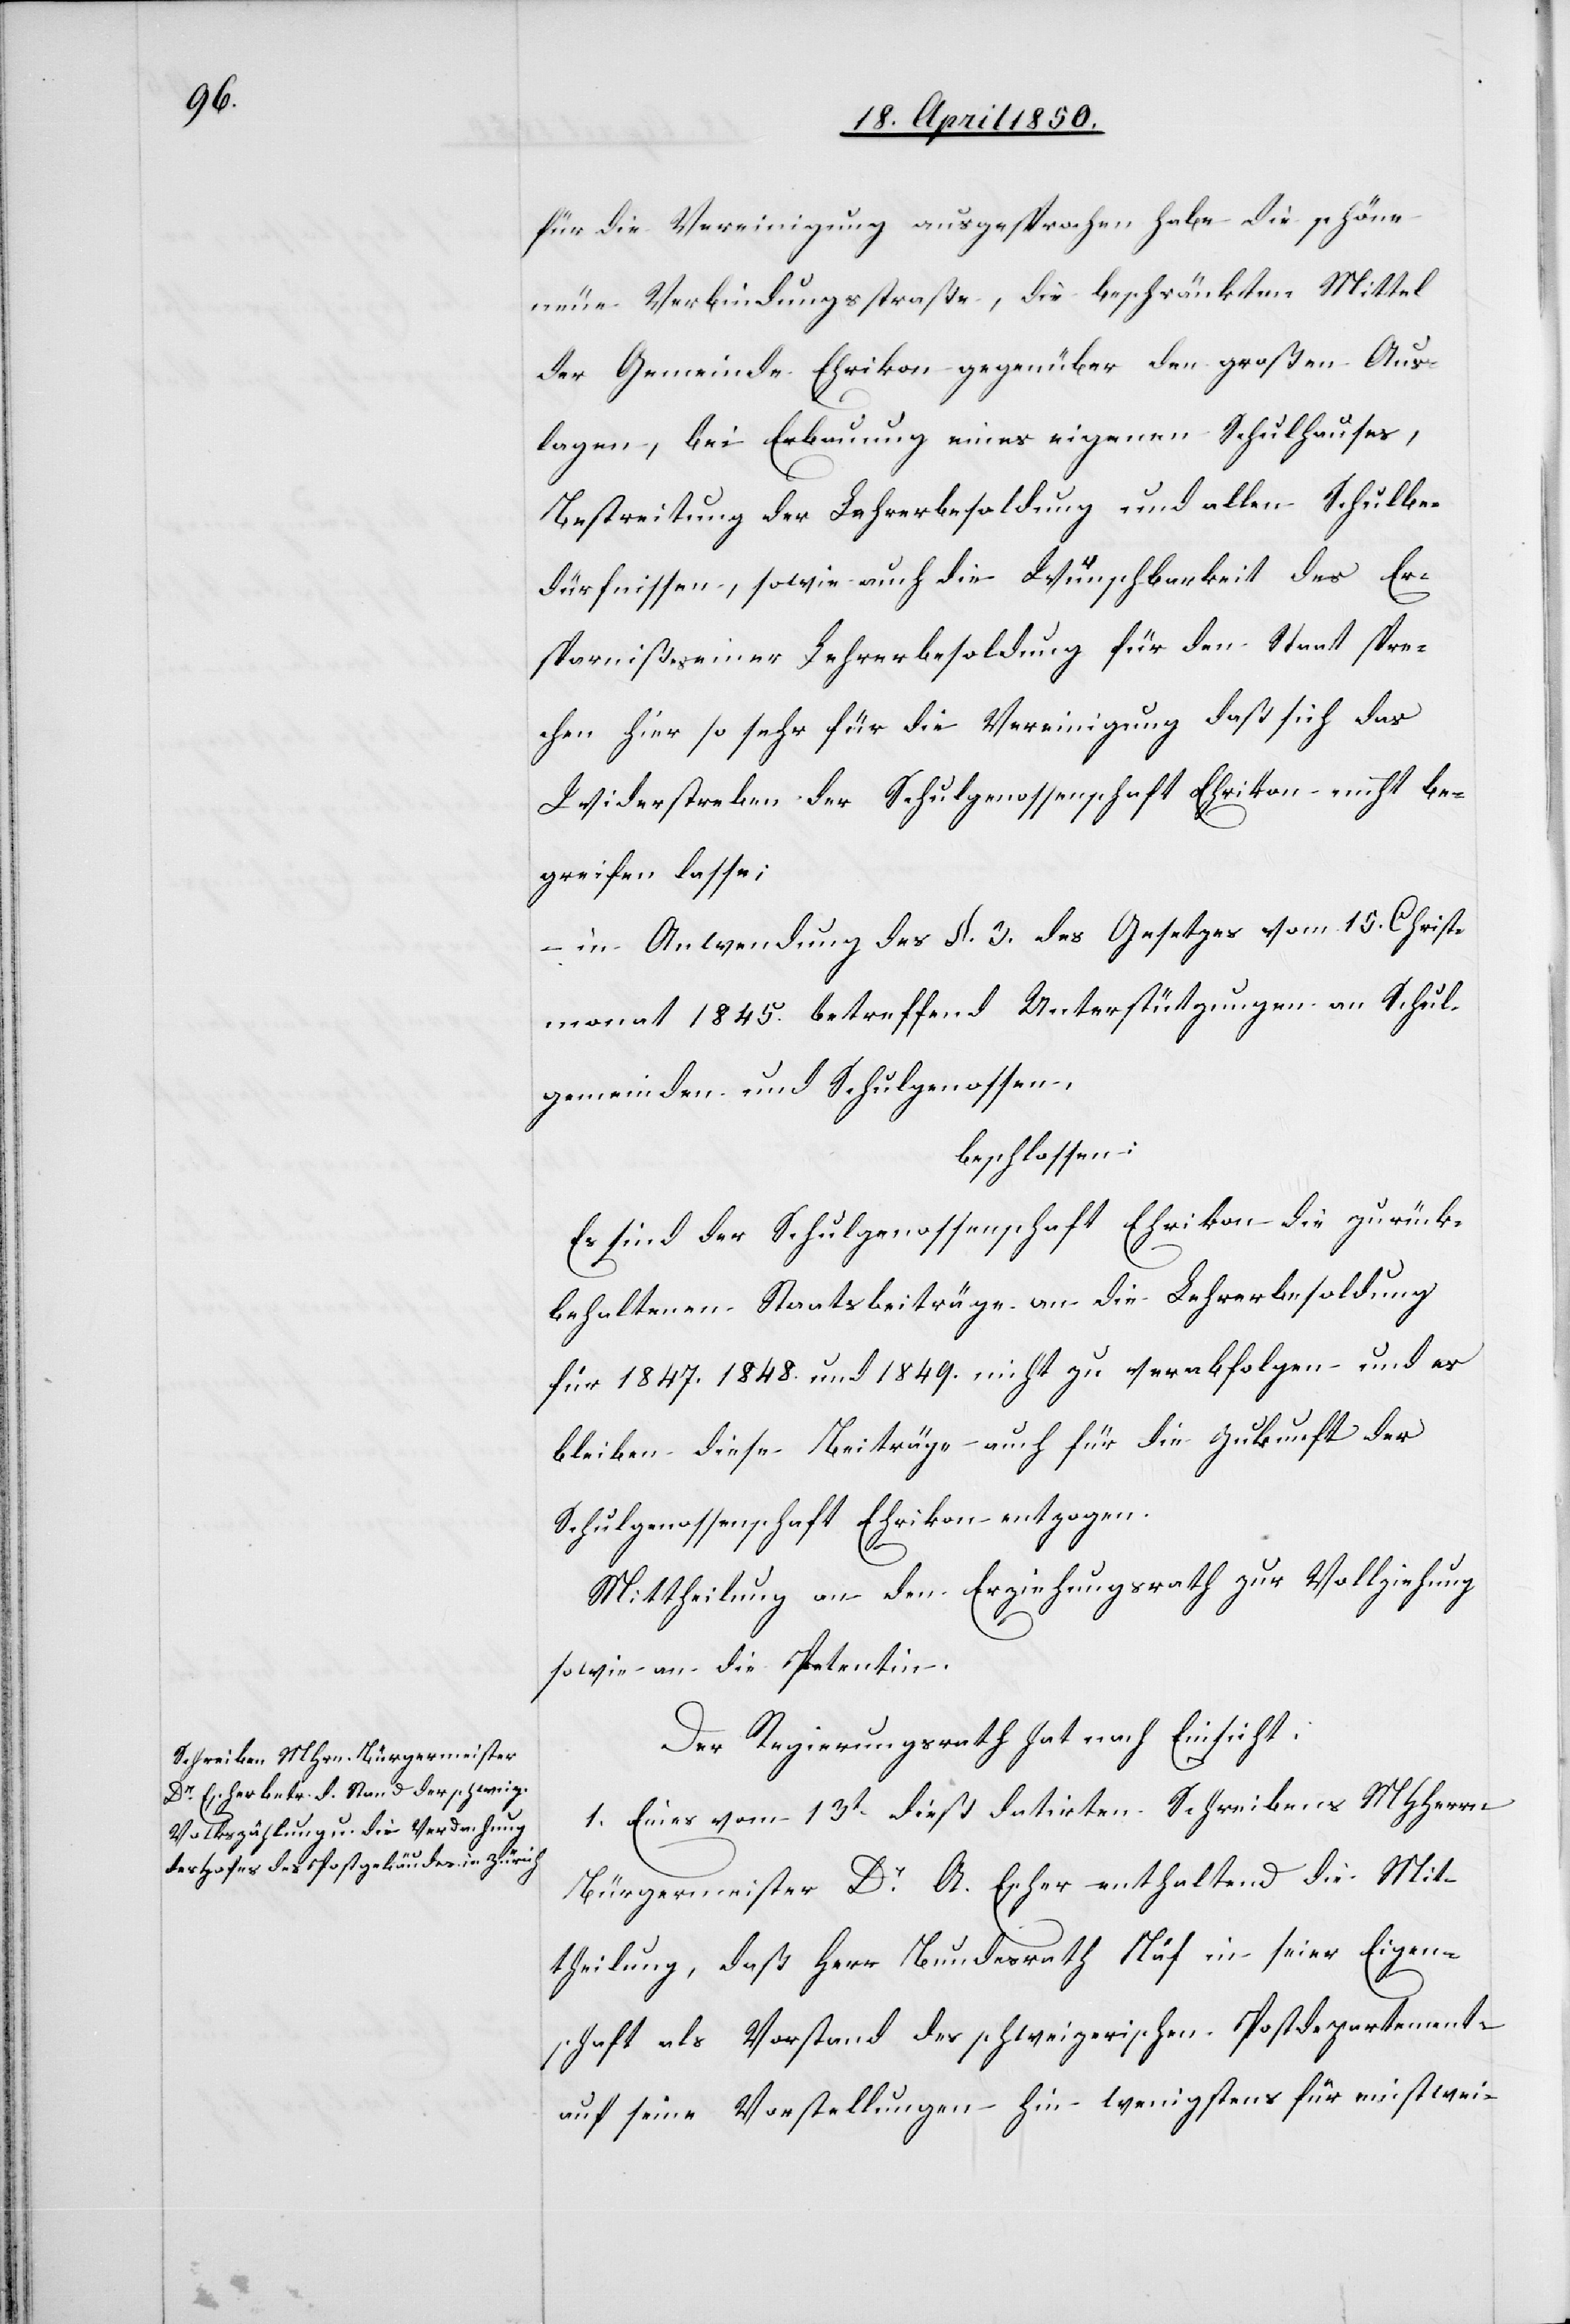
für die Vereinigung ausgesprochen habe[,] die schöne
neue Verbindungsstraße, die beschränkten Mittel
der Gemeinde Ehrikon gegenüber den großen Aus¬
lagen, bei Erbauung eines eigenen Schulhauses,
Bestreitung der Lehrerbesoldung und allen Schulbe¬
dürfnissen, sowie auch die Wünschbarkeit des Er¬
sparnißes einer Lehrerbesoldung für den Staat spre¬
chen hier so sehr für die Vereinigung daß sich das
Widerstreben der Schulgenossenschaft Ehrikon nicht be¬
greifen lasse;
– in Anwendung des §. 3. des Gesetzes vom 15. Christ¬
monat 1845. betreffend Unterstützungen an Schul¬
gemeinden und Schulgenossen,
beschlossen:
Es sind der Schulgenossenschaft Ehrikon die zurück¬
behaltenen Staatsbeiträge an die Lehrerbesoldung
für 1847.[,] 1848. und 1849. nicht zu verabfolgen und es
bleiben diese Beiträge auch für die Zukunft der
Schulgenossenschaft Ehrikon entzogen.
Mittheilung an den Erziehungsrath zur Vollziehung
sowie an die Petentin.
Der Regierungsrath hat nach Einsicht:
1. Eines vom 13t dieß datirten Schreibens MHHerrn
Bürgermeister Dr A. Escher enthaltend die Mit¬
theilung, daß Herr Bundesrath Näf in sei[n]er Eigen¬
schaft als Vorstand des schweizerischen Postdepartement[?s]
auf seine Vorstellungen hin wenigstens für einstwei-